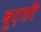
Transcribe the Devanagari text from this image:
बूट्सी